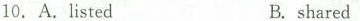
10. A.listedB.shared